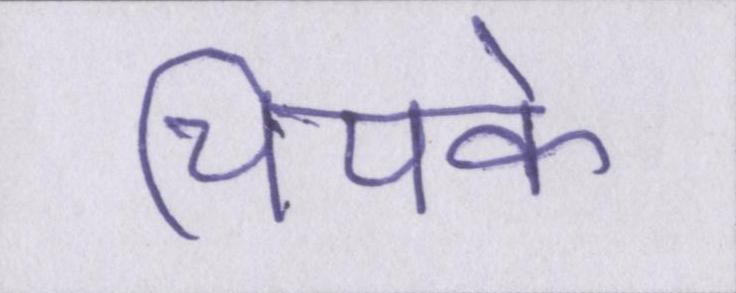
चिपके